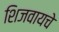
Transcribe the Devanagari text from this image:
शिजवायचे